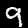
Digit: 9